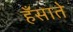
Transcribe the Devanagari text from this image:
हँसाते